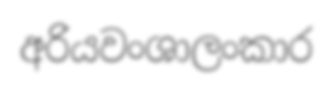
අරියවංශාලංකාර